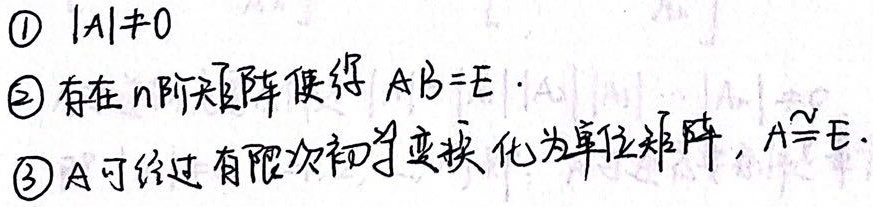
\textcircled{1} \(|A|\neq0\)
\textcircled{2} 存在\(n\)阶矩阵使得 \(AB = E\)。
\textcircled{3} \(A\)可经过有限次初等变换化为单位矩阵，\(A\cong E\)。